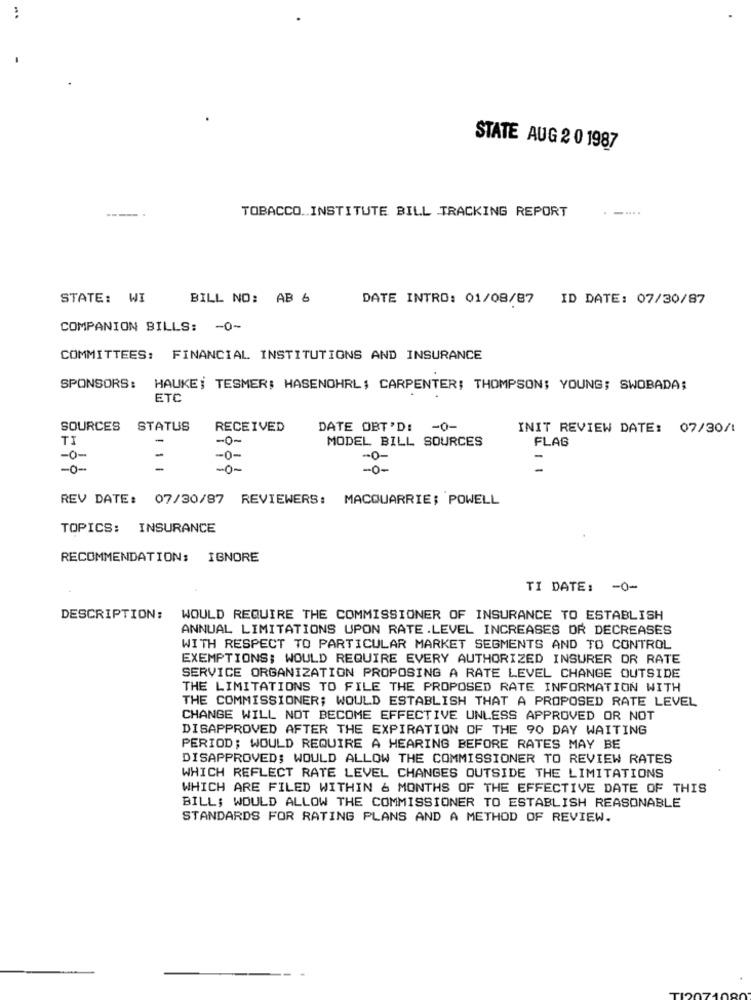
STATE AUG 2 0 1987
----
--..
TOBACCO. INSTITUTE BILL TRACKING REPORT
STATE: WI
BILL NO: AB 6
DATE INTRO: 01/08/87 ID DATE: 07/30/87
COMPANION BILLS: - 0-
COMMITTEES: FINANCIAL INSTITUTIONS AND INSURANCE
SPONSORS: HAUKE; TESMER; HASENOHRL; CARPENTER; THOMPSON; YOUNG; SWOBADA;
ETC
SOURCES STATUS
RECEIVED
DATE OBT'D:
-0-
INIT REVIEW DATE: 07/30/1
TI
-
MODEL BILL SOURCES
FLAG
-0-
-0-
-0
- 0 -
-O-
-o-
REV DATE: 07/30/87 REVIEWERS: MACQUARRIE; POWELL
TOPICS: INSURANCE
RECOMMENDATION: IGNORE
TI DATE: - 0-
DESCRIPTION:
WOULD REQUIRE THE COMMISSIONER OF INSURANCE TO ESTABLISH
ANNUAL LIMITATIONS UPON RATE.LEVEL INCREASES OR DECREASES
WITH RESPECT TO PARTICULAR MARKET SEGMENTS AND TO CONTROL
EXEMPTIONS; WOULD REQUIRE EVERY AUTHORIZED INSURER OR RATE
SERVICE ORGANIZATION PROPOSING A RATE LEVEL CHANGE OUTSIDE
THE LIMITATIONS TO FILE THE PROPOSED RATE INFORMATION WITH
THE COMMISSIONER; WOULD ESTABLISH THAT A PROPOSED RATE LEVEL
CHANGE WILL NOT BECOME EFFECTIVE UNLESS APPROVED OR NOT
DISAPPROVED AFTER THE EXPIRATION OF THE 90 DAY WAITING
PERIOD; WOULD REQUIRE A HEARING BEFORE RATES MAY BE
DISAPPROVED; WOULD ALLOW THE COMMISSIONER TO REVIEW RATES
WHICH REFLECT RATE LEVEL CHANGES OUTSIDE THE LIMITATIONS
WHICH ARE FILED WITHIN & MONTHS OF THE EFFECTIVE DATE OF THIS
BILL; WOULD ALLOW THE COMMISSIONER TO ESTABLISH REASONABLE
STANDARDS FOR RATING PLANS AND A METHOD OF REVIEW.